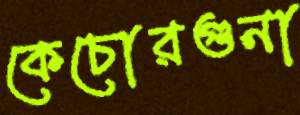
কেচোরগুনা